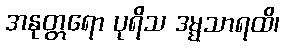
အနုတ္တရော ပုရိသ ဒမ္မသာရထိ၊